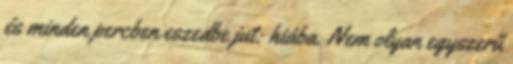
és minden percben eszedbe jut: hiába. Nem olyan egyszerű